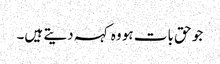
جو حق بات ہو وہ کہہ دیتے ہیں۔